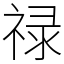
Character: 禄